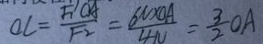
O C = \frac { F ^ { \prime } O A } { F _ { 2 } } = \frac { 6 N \times 0 A } { 4 N } = \frac { 3 } { 2 } O A